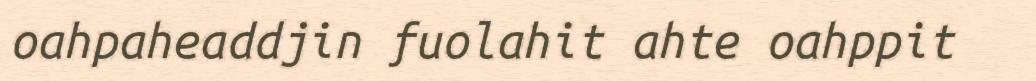
oahpaheaddjin fuolahit ahte oahppit